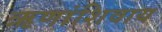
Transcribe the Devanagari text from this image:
ऋणांशिवाय